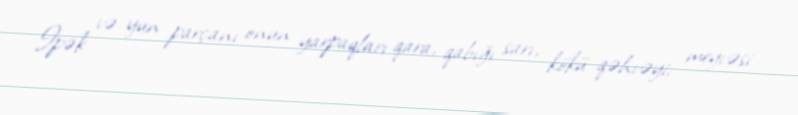
Ipək və yun parçanı onun yarpaqları qara, qabığı sarı, kökü qəhvəyi, meyvəsi